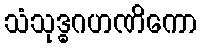
သံသုဒ္ဓဂဟဏိကော